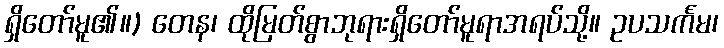
ရှိတော်မူ၏။) တေန၊ ထိုမြတ်စွာဘုရားရှိတော်မူရာအရပ်သို့။ ဥပသင်္ကမ၊